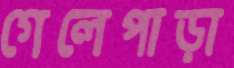
গেলেপাড়া